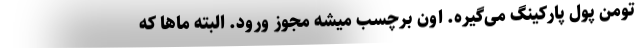
تومن پول پارکینگ می‌گیره. اون برچسب میشه مجوز ورود. البته ماها که